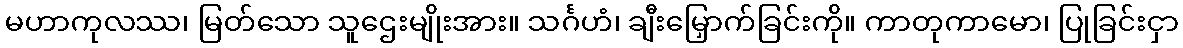
မဟာကုလဿ၊ မြတ်သော သူဌေးမျိုးအား။ သင်္ဂဟံ၊ ချီးမြှောက်ခြင်းကို။ ကာတုကာမော၊ ပြုခြင်းငှာ